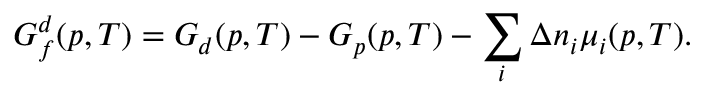
G _ { f } ^ { d } ( p , T ) = G _ { d } ( p , T ) - G _ { p } ( p , T ) - \sum _ { i } \Delta n _ { i } \mu _ { i } ( p , T ) .